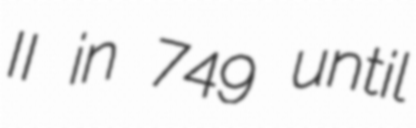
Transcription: II in 749 until